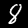
Label: 8